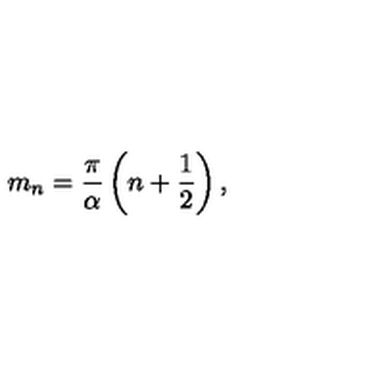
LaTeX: m _ { n } = \frac { \pi } { \alpha } \left( n + \frac { 1 } { 2 } \right) ,